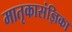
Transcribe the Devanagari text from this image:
मातृकासंज्ञिका